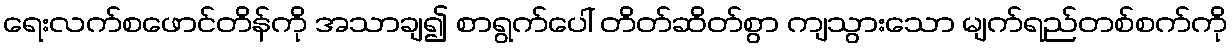
ရေးလက်စဖောင်တိန်ကို အသာချ၍ စာရွက်ပေါ် တိတ်ဆိတ်စွာ ကျသွားသော မျက်ရည်တစ်စက်ကို